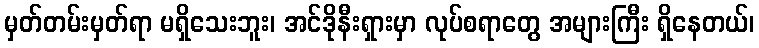
မှတ်တမ်းမှတ်ရာ မရှိသေးဘူး၊ အင်ဒိုနီးရှားမှာ လုပ်စရာတွေ အများကြီး ရှိနေတယ်၊